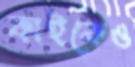
কাইকেও